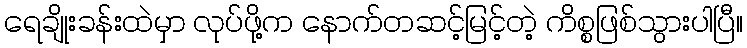
ရေချိုးခန်းထဲမှာ လုပ်ဖို့က နောက်တဆင့်မြင့်တဲ့ ကိစ္စဖြစ်သွားပါပြီ။